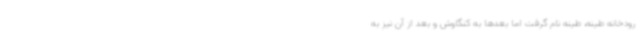
رودخانه طینه، طینه نام گرفت اما بعدها به کنگاوش و بعد از آن نیز به